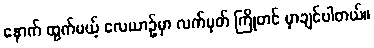
နောက် ထွက်မယ့် လေယာဉ်မှာ လက်မှတ် ကြိုတင် မှာချင်ပါတယ်။